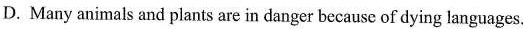
D. Many animals and plants are in danger because of dying languages.